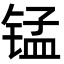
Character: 锰